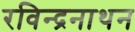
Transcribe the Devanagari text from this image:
रविन्द्रनाथन